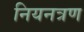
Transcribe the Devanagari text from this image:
नियनत्रण